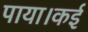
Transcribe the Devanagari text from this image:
पाया।कई